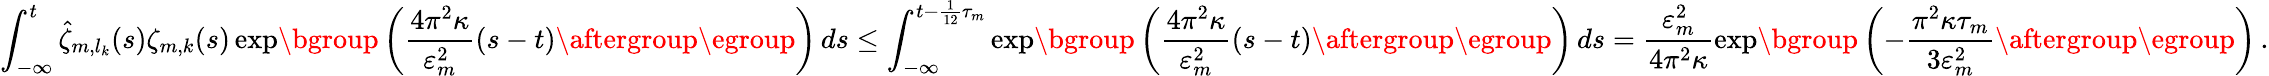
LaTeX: \int_{-\infty}^{t}\hat{\zeta}_{m,l_{k}}(s)\zeta_{m,k}(s)\exp\mathopen{}\mathclose\bgroup\left(\frac{4\pi^{2}\kappa}{\varepsilon_{m}^{2}}(s-t)\aftergroup\egroup\right)\, ds\leq\int_{-\infty}^{t-\frac 1{12}\tau_{m}}\exp\mathopen{}\mathclose\bgroup\left(\frac{4\pi^{2}\kappa}{\varepsilon_{m}^{2}}(s-t)\aftergroup\egroup\right)\, ds=\frac{\varepsilon_{m}^{2}}{4\pi^{2}\kappa}\exp\mathopen{}\mathclose\bgroup\left(-\frac{\pi^{2}\kappa\tau_{m}}{3\varepsilon_{m}^{2}}\aftergroup\egroup\right)\, .